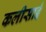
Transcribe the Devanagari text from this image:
कलीसाई